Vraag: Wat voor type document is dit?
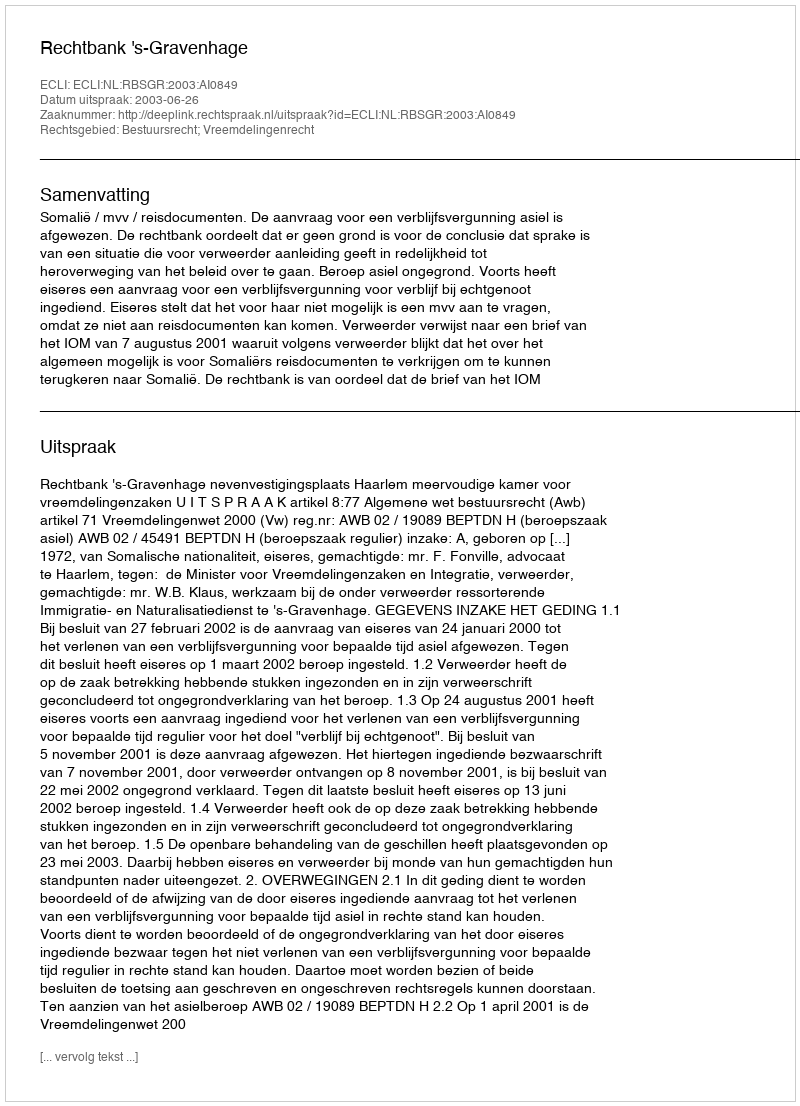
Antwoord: Uitspraak